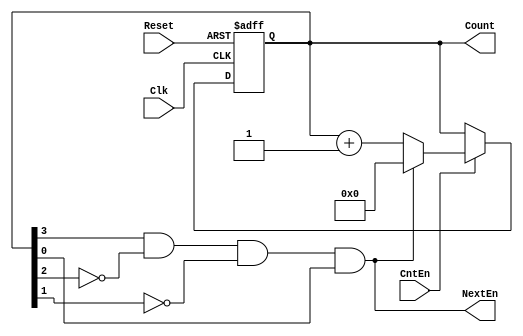
module BCD(Reset,Clk, CntEn,Count,NextEn);
 input Clk;
 input Reset; 
 input CntEn;
 output reg [3:0]Count; 
 output NextEn;
 assign NextEn = (Count[3] & ~Count[2] & ~Count[1] & Count[0]);
 
   always @(posedge Clk or negedge Reset) 
   
	begin
      
	     if (Reset==1'b0)//the reset is active
	          Count[3:0] <= 4'b0; //reset the counter 
	          
	     else 
				if(CntEn==1'b1) 
				    if(NextEn==0) //until nextEn is equal 1
		      		   Count[3:0] <= Count[3:0]+4'b0001; //increment
		      	    else
		      	       Count[3:0] <= 4'b0;//counter is idle
				
				else//when Count enable is 0
					 Count[3:0] <= Count[3:0];//idle
					 
	end

	
endmodule